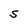
Character: S